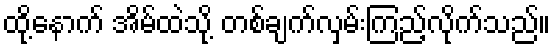
ထို့နောက် အိမ်ထဲသို့ တစ်ချက်လှမ်းကြည့်လိုက်သည်။